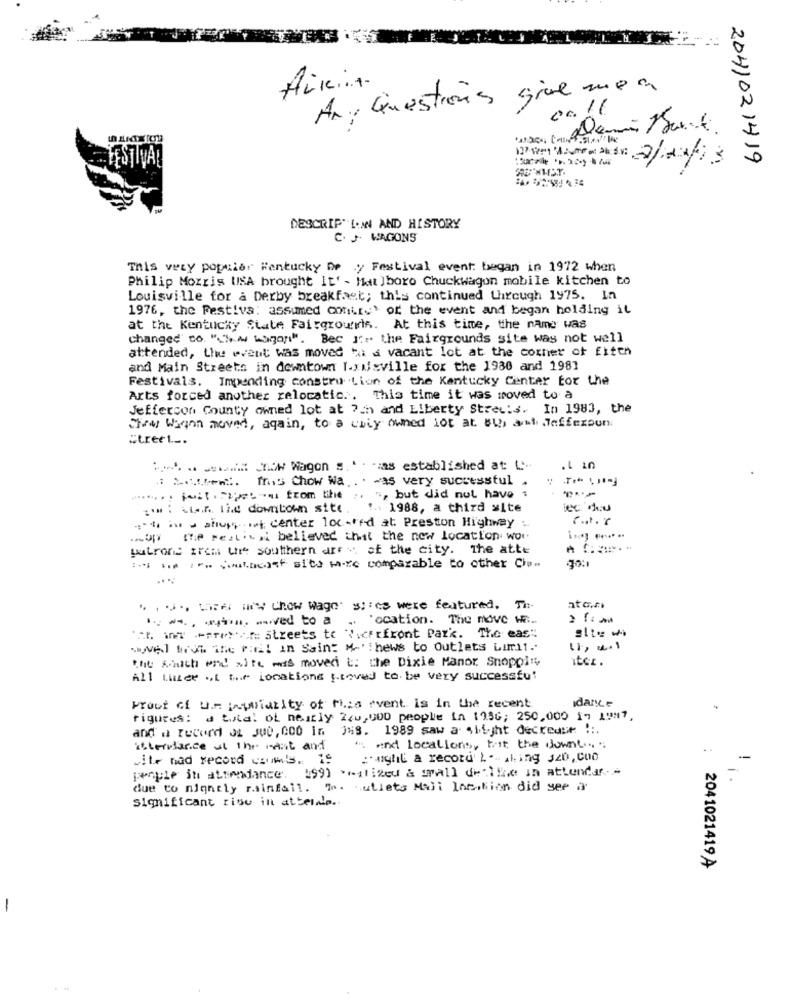
Any Questions give me a
FESTIVAL
2/04/13
2041021419
DESCRIP" LOW AND HISTORY
C. J. WAGONS
This very populier Rentucky De y Festival event: began in 1972 when
Philip Morris USA brought It' - Matt ]boro Chuckwagon mobile kitchen to
Louisville for a Derby breakfast; this continued through 1975. In
1976, the Festiva: assumed contre' or the event and began holding il
at the Kentucky State Fairgrouris. At this time, the name was
changed to "New Lagar". Bec J:" the Fairgrounds site was not well
attended, the event was moved to a vacant lot at the corner of fiten
and Main Streets in downtown Ixusville for the 1930 and 1981
Festivals. Impending constru tion of the Kentucky Center For the
Arts forced another relocatic .. This time it was moved to a
Jefferson County owned lot at ?ch and Liberty Streuis. In 1983, the
They Wagon moved, again, to a chiy owned lot at 8th, and Jefferson
street ...
:-. . .. now Wagon s. . . "zas established at: ""
.1 10
. Men. mis Chow Wa .. . was very successful .
7. 5, but did not have :
-... .- from the
zu: Linn the downtown site .
..: 1988, a third site
."h in w atiup ,. . .. i center loc-rfd at Preston Highway :.
... bly the Festival believed that the new location wor
butrone zrem the southern arr w of the city. The atte
In him ato Southeast sits were comparable to other Ch.
.... -- Cow wage' ses were featured. Th-
at o.m.
we, sim, wived to a
"ocation. The move He ..
'ah int +arethe streets to " :; cfrfront Park. The east
wWAT host the mail in Saint M' news to Outlets Limit ..
11, 0.1
the south end site was moved t: the Dixie Manor Snoppi
All Luzer of the Locations proved to be very successful
Idance
Prout of U .- iwwiatity of this event is in the recent
Figures: d total of nearly 240,000 people in 195G; 250,000 17 1997,
and a record of Ju0, 000 in 3%s. 1989 saw a- shi-yht decredur !:.
isterslance at the wait and
* want locations, hit the downt ...
wite nad record crumb. 10
:' ughil a record' L .- aking 320,000
people in attendance. 199) ** ilizcu & grall detline in attendar .-
due to nightly rainfall. T. cutlets Moji location did yer a
significant rise in attendo ..
: 2041021419 A
-